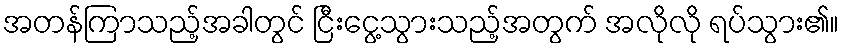
အတန်ကြာသည့်အခါတွင် ငြီးငွေ့သွားသည့်အတွက် အလိုလို ရပ်သွား၏။